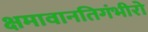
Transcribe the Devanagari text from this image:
क्षमावानतिगंभीरो